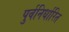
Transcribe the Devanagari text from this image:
पुर्वनिर्धारित